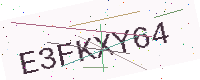
Text: E3FKXY64